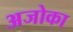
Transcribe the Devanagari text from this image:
अजोका